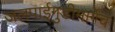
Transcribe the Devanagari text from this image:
जलपाईगुडीमार्गेच